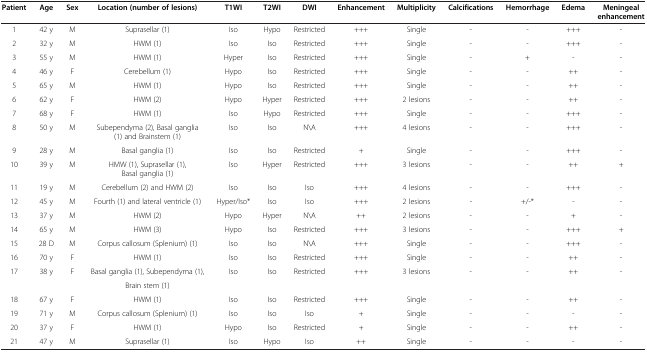
<table><thead><tr><td><b>Patient</b></td><td><b>Age</b></td><td><b>Sex</b></td><td><b>Location (number of lesions)</b></td><td><b>T1WI</b></td><td><b>T2WI</b></td><td><b>DWI</b></td><td><b>Enhancement</b></td><td><b>Multiplicity</b></td><td><b>Calcifications</b></td><td><b>Hemorrhage</b></td><td><b>Edema</b></td><td><b>Meningeal enhancement</b></td></tr></thead><tbody><tr><td>1</td><td>42 y</td><td>M</td><td>Suprasellar (1)</td><td>Iso</td><td>Hypo</td><td>Restricted</td><td>+++</td><td>Single</td><td>-</td><td>-</td><td>+++</td><td>-</td></tr><tr><td>2</td><td>32 y</td><td>M</td><td>HWM (1)</td><td>Iso</td><td>Iso</td><td>Restricted</td><td>+++</td><td>Single</td><td>-</td><td>-</td><td>+++</td><td>-</td></tr><tr><td>3</td><td>55 y</td><td>M</td><td>HWM (1)</td><td>Hyper</td><td>Iso</td><td>Restricted</td><td>+++</td><td>Single</td><td>-</td><td>+</td><td>-</td><td>-</td></tr><tr><td>4</td><td>46 y</td><td>F</td><td>Cerebellum (1)</td><td>Hypo</td><td>Iso</td><td>Restricted</td><td>+++</td><td>Single</td><td>-</td><td>-</td><td>++</td><td>-</td></tr><tr><td>5</td><td>65 y</td><td>M</td><td>HWM (1)</td><td>Hypo</td><td>Iso</td><td>Restricted</td><td>+++</td><td>Single</td><td>-</td><td>-</td><td>++</td><td>-</td></tr><tr><td>6</td><td>62 y</td><td>F</td><td>HWM (2)</td><td>Hypo</td><td>Hyper</td><td>Restricted</td><td>+++</td><td>2 lesions</td><td>-</td><td>-</td><td>++</td><td>-</td></tr><tr><td>7</td><td>68 y</td><td>F</td><td>HWM (1)</td><td>Iso</td><td>Hypo</td><td>Restricted</td><td>+++</td><td>Single</td><td>-</td><td>-</td><td>+++</td><td>-</td></tr><tr><td>8</td><td>50 y</td><td>M</td><td>Subependyma (2), Basal ganglia (1) and Brainstem (1)</td><td>Iso</td><td>Iso</td><td>N\A</td><td>+++</td><td>4 lesions</td><td>-</td><td>-</td><td>+++</td><td>-</td></tr><tr><td>9</td><td>28 y</td><td>M</td><td>Basal ganglia (1)</td><td>Iso</td><td>Iso</td><td>Restricted</td><td>+</td><td>Single</td><td>-</td><td>-</td><td>+++</td><td>-</td></tr><tr><td>10</td><td>39 y</td><td>M</td><td>HMW (1), Suprasellar (1), Basal ganglia (1)</td><td>Iso</td><td>Hyper</td><td>Restricted</td><td>+++</td><td>3 lesions</td><td>-</td><td>-</td><td>++</td><td>+</td></tr><tr><td>11</td><td>19 y</td><td>M</td><td>Cerebellum (2) and HWM (2)</td><td>Iso</td><td>Iso</td><td>Iso</td><td>+++</td><td>4 lesions</td><td>-</td><td>-</td><td>+++</td><td>-</td></tr><tr><td>12</td><td>45 y</td><td>M</td><td>Fourth (1) and lateral ventricle (1)</td><td>Hyper/Iso*</td><td>Iso</td><td>Iso</td><td>+++</td><td>2 lesions</td><td>-</td><td>+/-*</td><td>-</td><td>-</td></tr><tr><td>13</td><td>37 y</td><td>M</td><td>HWM (2)</td><td>Hypo</td><td>Hyper</td><td>N\A</td><td>++</td><td>2 lesions</td><td>-</td><td>-</td><td>+</td><td>-</td></tr><tr><td>14</td><td>65 y</td><td>M</td><td>HWM (3)</td><td>Hypo</td><td>Iso</td><td>Restricted</td><td>+++</td><td>3 lesions</td><td>-</td><td>-</td><td>+++</td><td>+</td></tr><tr><td>15</td><td>28 D</td><td>M</td><td>Corpus callosum (Splenium) (1)</td><td>Iso</td><td>Iso</td><td>N\A</td><td>+++</td><td>Single</td><td>-</td><td>-</td><td>+++</td><td>-</td></tr><tr><td>16</td><td>70 y</td><td>F</td><td>HWM (1)</td><td>Iso</td><td>Iso</td><td>Restricted</td><td>+++</td><td>Single</td><td>-</td><td>-</td><td>++</td><td>-</td></tr><tr><td rowspan="2">17</td><td rowspan="2">38 y</td><td rowspan="2">F</td><td>Basal ganglia (1), Subependyma (1),</td><td rowspan="2">Iso</td><td rowspan="2">Iso</td><td rowspan="2">Restricted</td><td rowspan="2">+++</td><td rowspan="2">3 lesions</td><td rowspan="2">-</td><td rowspan="2">-</td><td rowspan="2">++</td><td rowspan="2">-</td></tr><tr><td>Brain stem (1)</td></tr><tr><td>18</td><td>67 y</td><td>F</td><td>HWM (1)</td><td>Iso</td><td>Iso</td><td>Restricted</td><td>+++</td><td>Single</td><td>-</td><td>-</td><td>++</td><td>-</td></tr><tr><td>19</td><td>71 y</td><td>M</td><td>Corpus callosum (Splenium) (1)</td><td>Iso</td><td>Iso</td><td>Iso</td><td>+</td><td>Single</td><td>-</td><td>-</td><td>-</td><td>-</td></tr><tr><td>20</td><td>37 y</td><td>F</td><td>HWM (1)</td><td>Hypo</td><td>Iso</td><td>Restricted</td><td>+</td><td>Single</td><td>-</td><td>-</td><td>++</td><td>-</td></tr><tr><td>21</td><td>47 y</td><td>M</td><td>Suprasellar (1)</td><td>Iso</td><td>Hypo</td><td>Iso</td><td>++</td><td>Single</td><td>-</td><td>-</td><td>-</td><td>-</td></tr></tbody></table>